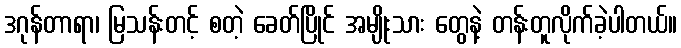
ဒဂုန်တာရာ၊ မြသန်းတင့် စတဲ့ ခေတ်ပြိုင် အမျိုးသား တွေနဲ့ တန်းတူလိုက်ခဲ့ပါတယ်။